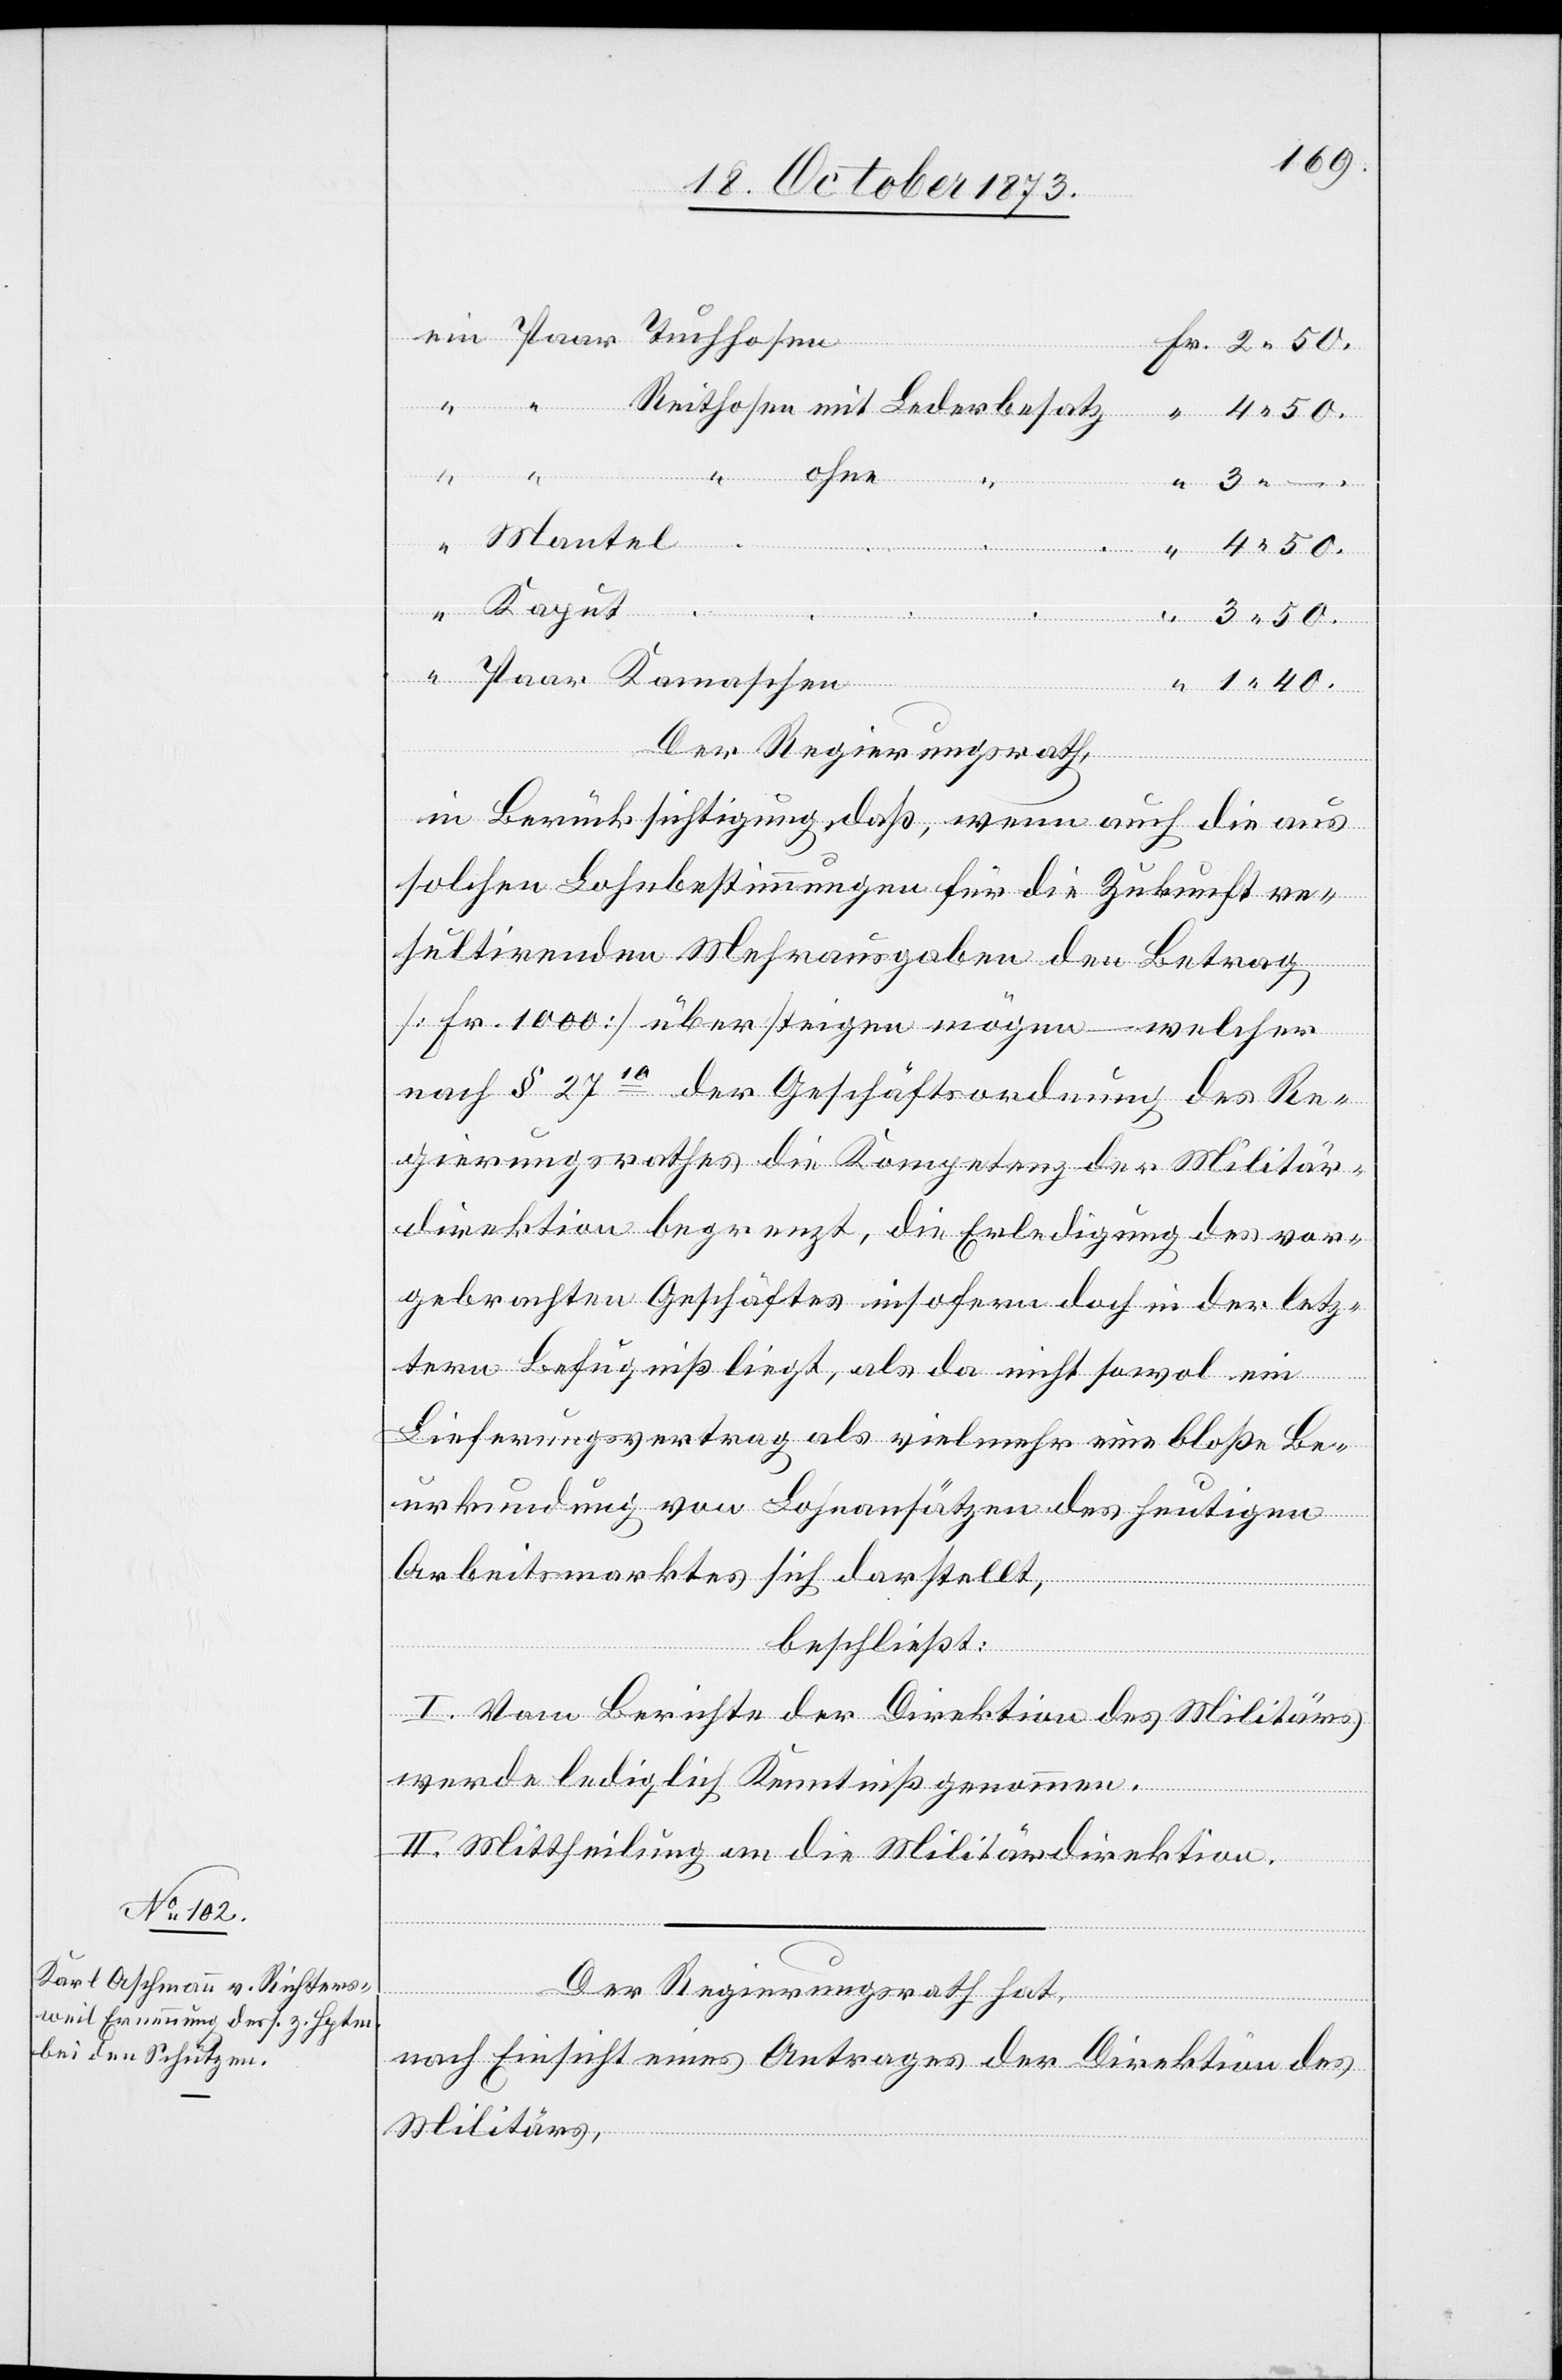
“
1
Kamaschen
4 50.
40.
Der Regierungsrath,
in Berücksichtigung, daß, wenn auch die aus
solchen Lohnbestimmungen für die Zukunft re¬
sultirenden Mehrausgaben den Betrag
[Fr. 1 000] übersteigen mögen – welcher
“
nach § 2710 der Geschäftsordnung des Re¬
gierungsrathes die Kompetenz der Militär¬
direktion begrenzt, die Erledigung des vor¬
gebrachten Geschäftes insofern doch in der letz¬
tern Befugniß liegt, als da nicht sowol ein
Lieferungsvertrag als vielmehr eine bloße Be¬
urkundung von Lohnansätzen des heutigen
Arbeitsmarktes sich darstellt,
beschließt:
l. Vom Berichte der Direktion des Militärs
werde lediglich Kenntniß genommen.
II. Mittheilung an die Militärdirektion.
Paar
Der Regierungsrath hat,
nach Einsicht eines Antrages der Direktion des
Militärs,